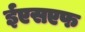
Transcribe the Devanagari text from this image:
ईएसएफ